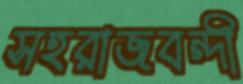
সহরাজবন্দী